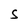
Character: S